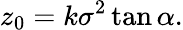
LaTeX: z_{0}=k\sigma^{2}\tan\alpha.